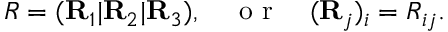
\begin{array} { r } { R = ( { \bf R } _ { 1 } | { \bf R } _ { 2 } | { \bf R } _ { 3 } ) , \quad \mathrm { ~ o ~ r ~ } \quad ( { \bf R } _ { j } ) _ { i } = R _ { i j } . } \end{array}